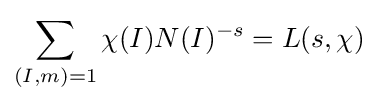
\sum _{(I,m)=1}\chi (I)N(I)^{-s}=L(s,\chi )